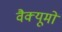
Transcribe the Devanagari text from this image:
वैक्यूमों